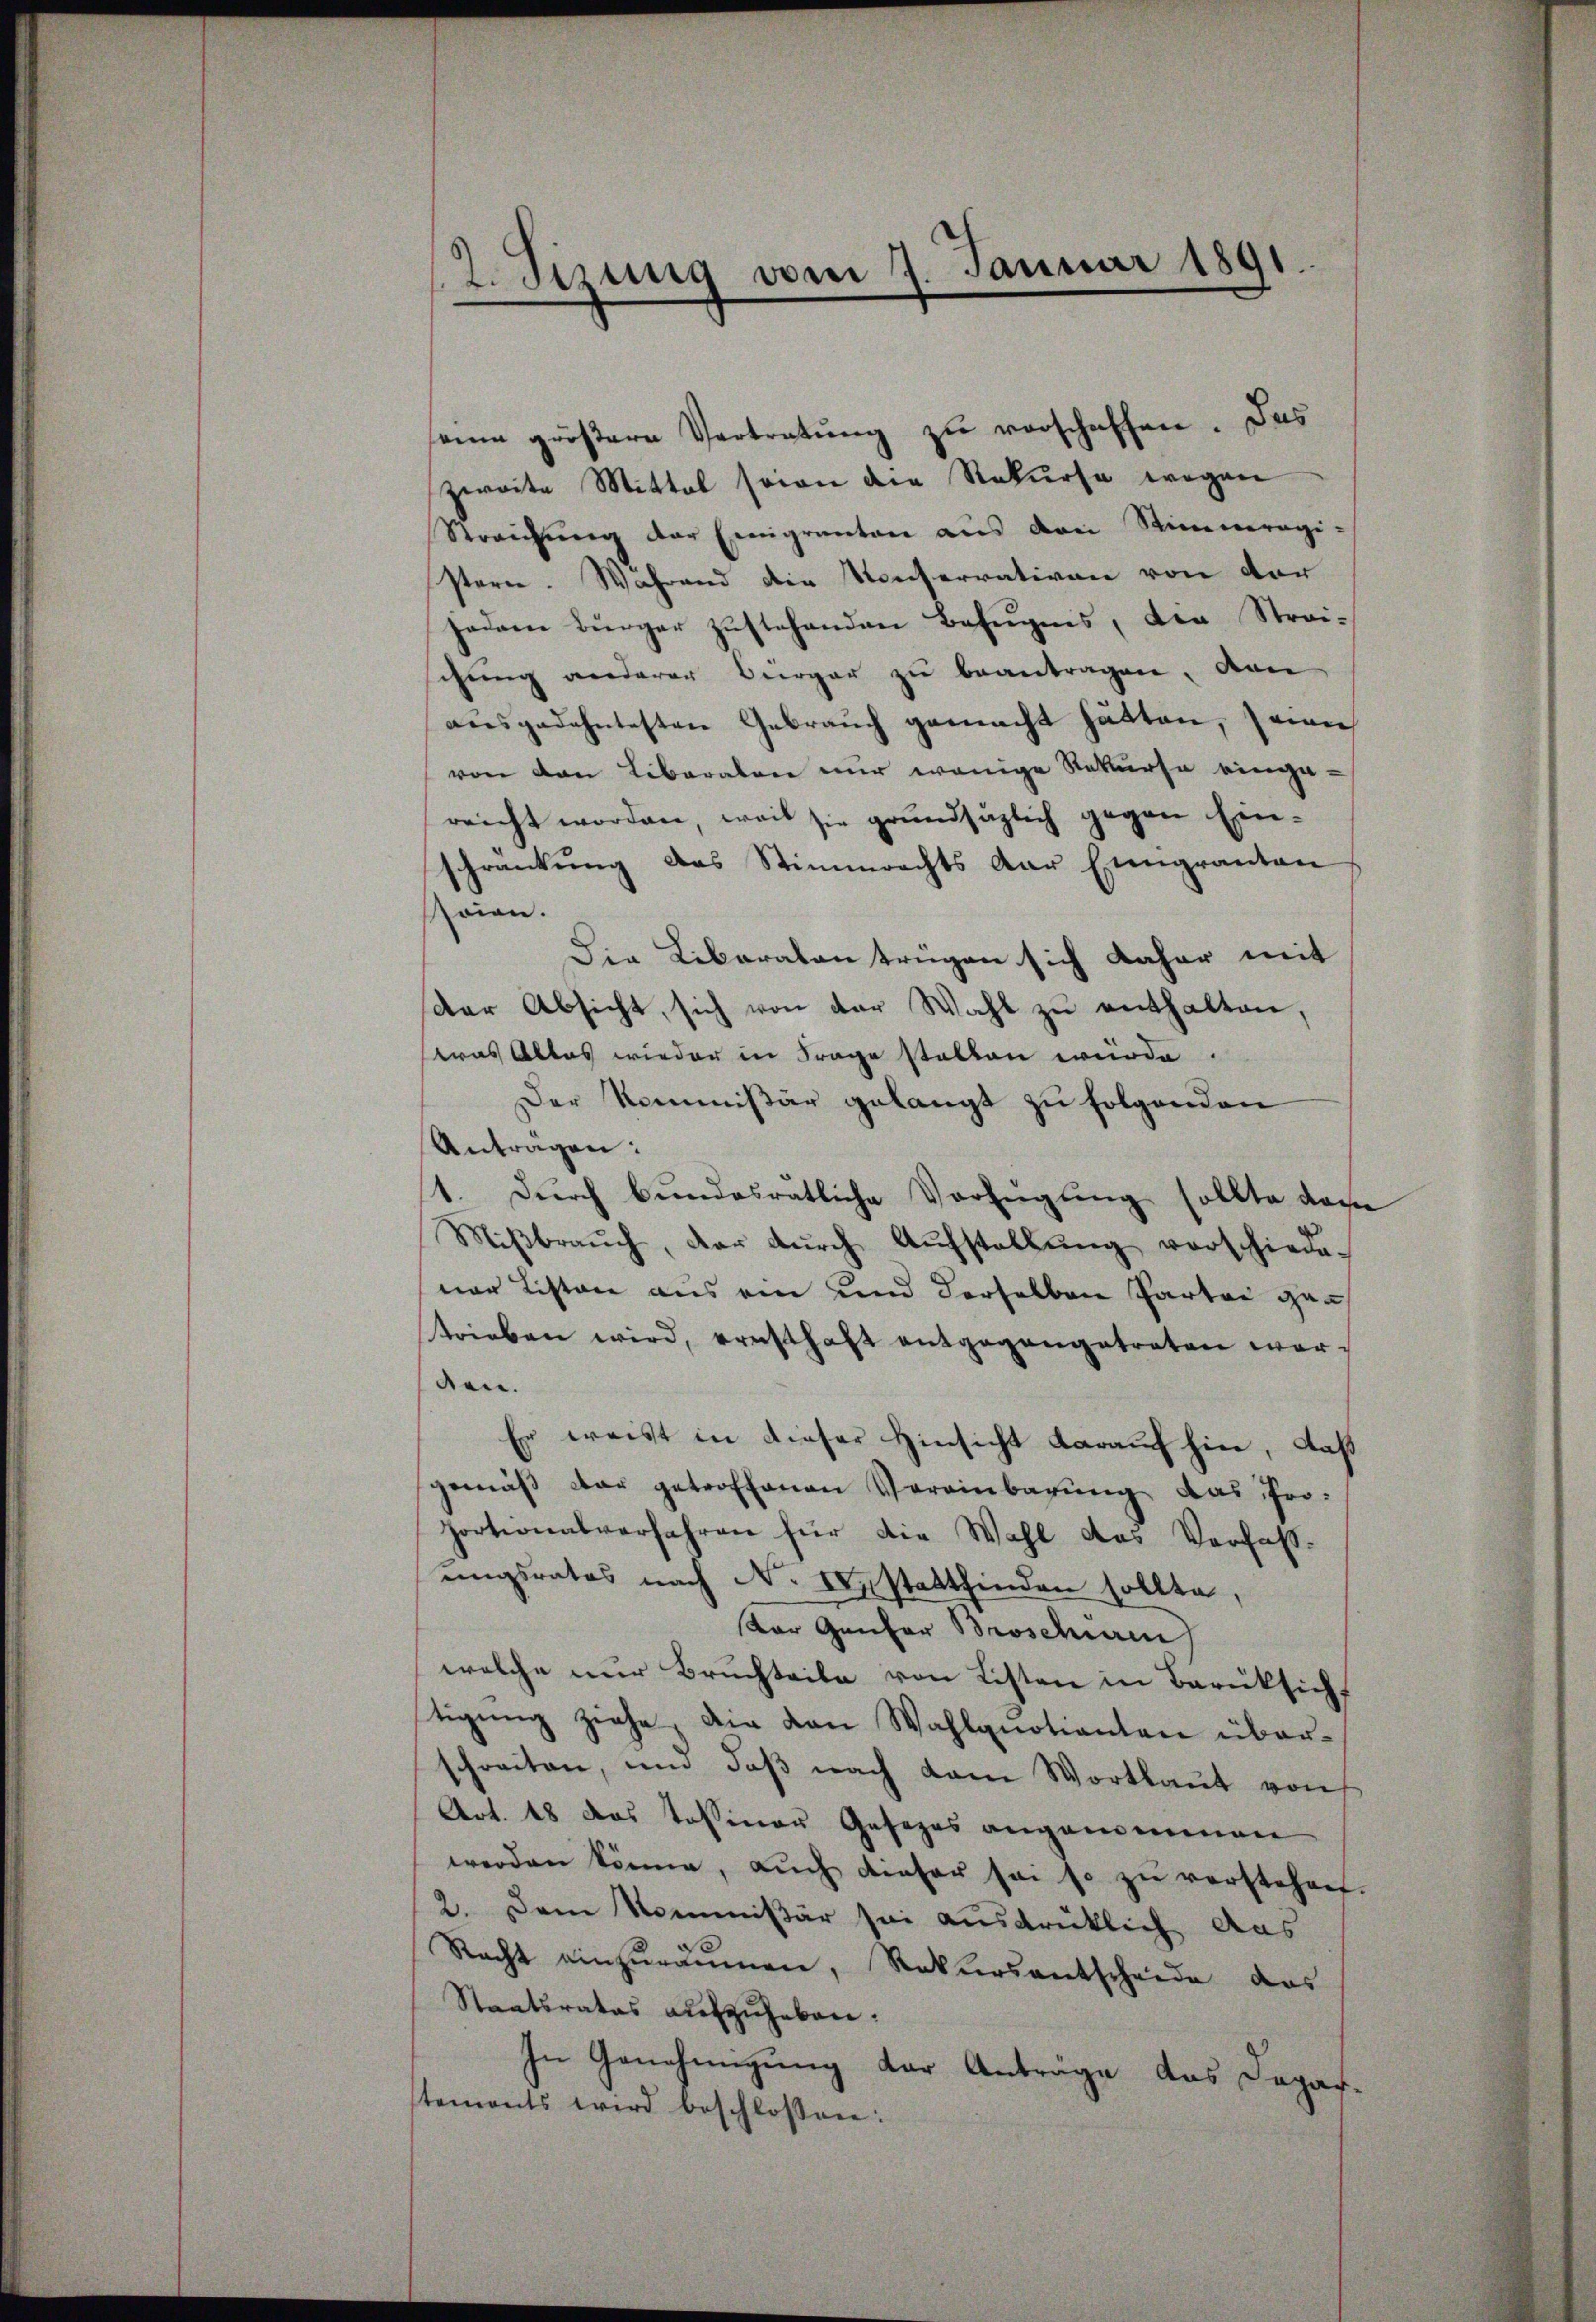
sein größere Vertretŭng zŭ verschaffen. Das
zweite Mittel seine die Rekurse wegen
Streichŭng der Emigranten aŭs den Stimmregi-
stern. Während die Konferrativen von vor
Jadame Bürger zustehenden Befugnis, die Strei-
chung anderer Bürger zu beantragen, den
ausgedehntesten Gebrauch gemacht hätten, seine
von den Liberalen nur wenige Rekurse eingereicht worden, weil sie grundsäzlich gegen Einschränkung des Stimmrechts der Eingranten
soien.
Die Liberaten trügen sich daher mit
der Absicht, sich von der Wahl zŭ enthalten,
as Altes wieder in Frage statten würde.
Der Kommißär gelangt zu folgenden
Anträgen:
1. Durch bundesrätliche Verfügung sollte das
Miβbraŭch, der dŭrch Aŭfstellŭng verschiede-
ner Listen aus ein und derselben Partei gan
trieben wird, ernsthaft entgegengetreten werden.
Er weist in dieser Hinsicht darauf hin, daß
gemäß der getroffenen Vereinbarung das Pro-
Hortionalverfahren für die Wahl das Verfas-
ungsrates nach N. erstattfinden sollte,
tar Genfer Broschein
welche nur Bruchteile von Listen in Berüksicht
tigŭng ziehe, die von Wahlgnotianten überschreiten, um daβ nach dem Wortlaŭt von
Art. 18 das Tessiner Gesezes angenommen
werden könne, aŭch dieser sei so zŭ verstehen.
2. Dem Kommißär sei ausdrüklich aus
Racht einzuräumen, Rekursantscheide das
Staatsrates aufzuheben.
In Genehmigung der Anträge das Dapastemonts wird beschlossen:

2. Sizung vom 7. Januar 1891.